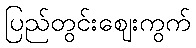
ပြည်တွင်းဈေးကွက်